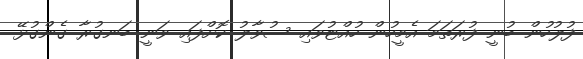
ފުލުހުން ބުނީ ފުރަތަމަ އެމީހުން ހުއްޓުވައި ސުވާލު ކޮށްފައި ވަނީ ބަނގުރާ ގެންގުޅޭ